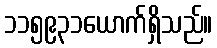
၁၁၅၉၃၁ယောက်ရှိသည်။